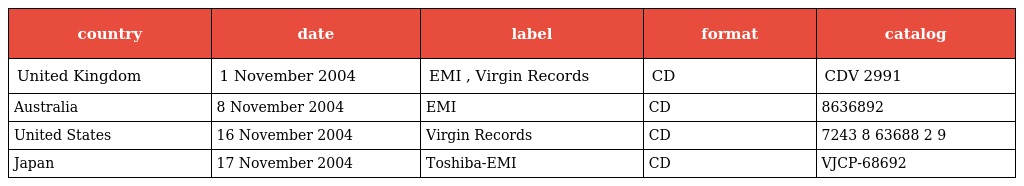
| country | date | label | format | catalog |
 | --- | --- | --- | --- | --- |
 | United Kingdom | 1 November 2004 | EMI , Virgin Records | CD | CDV 2991 |
 | Australia | 8 November 2004 | EMI | CD | 8636892 |
 | United States | 16 November 2004 | Virgin Records | CD | 7243 8 63688 2 9 |
 | Japan | 17 November 2004 | Toshiba-EMI | CD | VJCP-68692 |